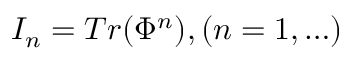
{ \cal I } _ { n } = T r ( \Phi ^ { n } ) , ( n = 1 , \ldots )